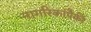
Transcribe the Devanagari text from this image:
नागरिकांपैकी